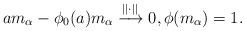
LaTeX: \begin{align*}am_{\alpha}-\phi_{0}(a)m_{\alpha}\xrightarrow{||\cdot||}0,\phi(m_{\alpha})=1.\end{align*}